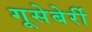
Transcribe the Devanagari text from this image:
गूसेबेर्री